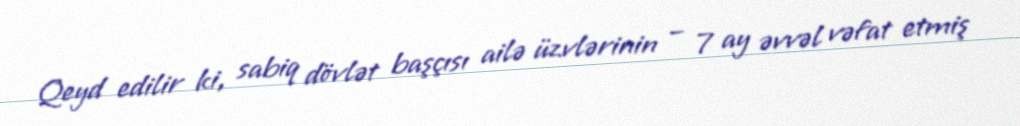
Qeyd edilir ki, sabiq dövlət başçısı ailə üzvlərinin – 7 ay əvvəl vəfat etmiş